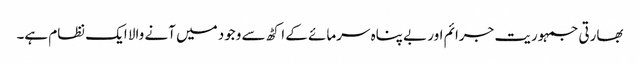
بھارتی جمہوریت جرائم اور بے پناہ سرمائے کے اکٹھ سے وجود میں آنے والا ایک نظام ہے۔